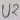
Text: U2